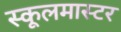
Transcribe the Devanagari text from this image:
स्कूलमास्टर